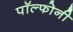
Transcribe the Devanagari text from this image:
पॉल्फोनी